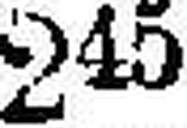
245